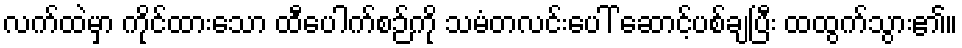
လက်ထဲမှာ ကိုင်ထားသော ထီပေါက်စဉ်ကို သမံတလင်းပေါ် ဆောင့်ပစ်ချပြီး ထထွက်သွား၏။